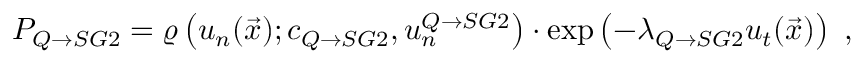
P _ { Q \rightarrow S G 2 } = \varrho \left( u _ { n } ( \vec { x } ) ; c _ { Q \rightarrow S G 2 } , u _ { n } ^ { Q \rightarrow S G 2 } \right) \cdot \exp \left( - \lambda _ { Q \rightarrow S G 2 } u _ { t } ( \vec { x } ) \right) \ ,